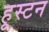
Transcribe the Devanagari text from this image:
हूस्टन